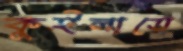
কুইলাতে